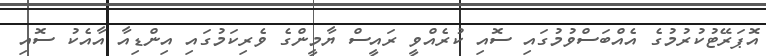
އޮޕަރޭޓުކުރުމުގެ އެއްބަސްވުމުގައި ސޮއި ކުރެއްވީ ރައީސް ޔާމީންގެ ވެރިކަމުގައި އިންޑިއާ އާއެކު ސޮއި